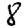
Digit: 8